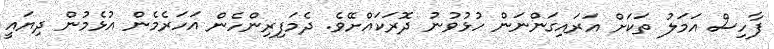
ފާހިސް އަމަލު ތަކަށް އަރައިގަންނަން ހުޅުވުނު ދޮރަކައްށޭވެ. ދެމަފިރިންހެން އަހަރެމެން އުޅެމުން ދިޔައީ